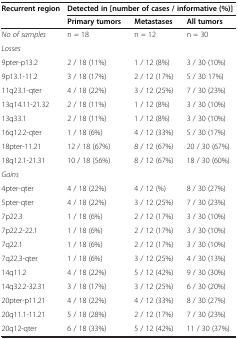
<table><thead><tr><td><b>Recurrent region</b></td><td colspan="3"><b>Detected in [number of cases / informative (%)]</b></td></tr><tr><td><b> </b></td><td><b>Primary tumors</b></td><td><b>Metastases</b></td><td><b>All tumors</b></td></tr></thead><tbody><tr><td><i>No of samples</i></td><td>n = 18</td><td>n = 12</td><td>n = 30</td></tr><tr><td><i>Losses</i></td><td> </td><td> </td><td> </td></tr><tr><td>9pter-p13.2</td><td>2 / 18 (11%)</td><td>1 / 12 (8%)</td><td>3 / 30 (10%)</td></tr><tr><td>9p13.1-11.2</td><td>3 / 18 (17%)</td><td>2 / 12 (17%)</td><td>5 / 30 17%)</td></tr><tr><td>11q23.1-qter</td><td>4 / 18 (22%)</td><td>3 / 12 (25%)</td><td>7 / 30 (23%)</td></tr><tr><td>13q14.11-21.32</td><td>2 / 18 (11%)</td><td>1 / 12 (8%)</td><td>3 / 30 (10%)</td></tr><tr><td>13q33.1</td><td>2 / 18 (11%)</td><td>1 / 12 (8%)</td><td>3 / 30 (10%)</td></tr><tr><td>16q12.2-qter</td><td>1 / 18 (6%)</td><td>4 / 12 (33%)</td><td>5 / 30 (17%)</td></tr><tr><td>18pter-11.21</td><td>12 / 18 (67%)</td><td>8 / 12 (67%)</td><td>20 / 30 (67%)</td></tr><tr><td>18q12.1-21.31</td><td>10 / 18 (56%)</td><td>8 / 12 (67%)</td><td>18 / 30 (60%)</td></tr><tr><td><i>Gains</i></td><td> </td><td> </td><td> </td></tr><tr><td>4pter-qter</td><td>4 / 18 (22%)</td><td>4 / 12 (%)</td><td>8 / 30 (27%)</td></tr><tr><td>5pter-qter</td><td>4 / 18 (22%)</td><td>3 / 12 (25%)</td><td>7 / 30 (23%)</td></tr><tr><td>7p22.3</td><td>1 / 18 (6%)</td><td>2 / 12 (17%)</td><td>3 / 30 (10%)</td></tr><tr><td>7p22.2-22.1</td><td>1 / 18 (6%)</td><td>2 / 12 (17%)</td><td>3 / 30 (10%)</td></tr><tr><td>7q22.1</td><td>1 / 18 (6%)</td><td>2 / 12 (17%)</td><td>3 / 30 (10%)</td></tr><tr><td>7q22.3-qter</td><td>1 / 18 (6%)</td><td>3 / 12 (25%)</td><td>4 / 30 (13%)</td></tr><tr><td>14q11.2</td><td>4 / 18 (22%)</td><td>5 / 12 (42%)</td><td>9 / 30 (30%)</td></tr><tr><td>14q32.2-32.31</td><td>3 / 18 (17%)</td><td>3 / 12 (25%)</td><td>6 / 30 (20%)</td></tr><tr><td>20pter-p11.21</td><td>4 / 18 (22%)</td><td>4 / 12 (33%)</td><td>8 / 30 (27%)</td></tr><tr><td>20q11.1-11.21</td><td>5 / 18 (28%)</td><td>2 / 12 (17%)</td><td>7 / 30 (23%)</td></tr><tr><td>20q12-qter</td><td>6 / 18 (33%)</td><td>5 / 12 (42%)</td><td>11 / 30 (37%)</td></tr></tbody></table>